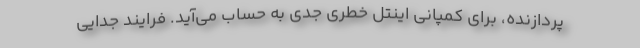
پردازنده، برای کمپانی اینتل خطری جدی به حساب می‌آید. فرایند جدایی